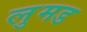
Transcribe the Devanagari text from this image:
लुमड